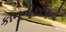
કાનૂનીકરણનો